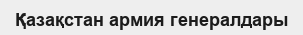
Қазақстан армия генералдары